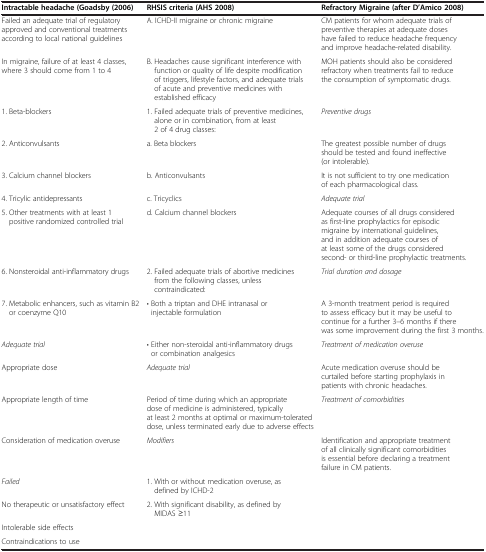
<table><thead><tr><td><b>Intractable headache (Goadsby (2006)</b></td><td><b>RHSIS criteria (AHS 2008)</b></td><td><b>Refractory Migraine (after D’Amico 2008)</b></td></tr></thead><tbody><tr><td>Failed an adequate trial of regulatory approved and conventional treatments according to local national guidelines</td><td>A. ICHD-II migraine or chronic migraine</td><td>CM patients for whom adequate trials of preventive therapies at adequate doses have failed to reduce headache frequency and improve headache-related disability.</td></tr><tr><td>In migraine, failure of at least 4 classes, where 3 should come from 1 to 4</td><td>B. Headaches cause significant interference with function or quality of life despite modification of triggers, lifestyle factors, and adequate trials of acute and preventive medicines with established efficacy</td><td>MOH patients should also be considered refractory when treatments fail to reduce the consumption of symptomatic drugs.</td></tr><tr><td>1. Beta-blockers</td><td>1. Failed adequate trials of preventive medicines, alone or in combination, from at least 2 of 4 drug classes:</td><td><i>Preventive drugs</i></td></tr><tr><td>2. Anticonvulsants</td><td>a. Beta blockers</td><td>The greatest possible number of drugs should be tested and found ineffective (or intolerable).</td></tr><tr><td>3. Calcium channel blockers</td><td>b. Anticonvulsants</td><td>It is not sufficient to try one medication of each pharmacological class.</td></tr><tr><td>4. Tricylic antidepressants</td><td>c. Tricyclics</td><td><i>Adequate trial</i></td></tr><tr><td>5. Other treatments with at least 1 positive randomized controlled trial</td><td>d. Calcium channel blockers</td><td>Adequate courses of all drugs considered as first-line prophylactics for episodic migraine by international guidelines, and in addition adequate courses of at least some of the drugs considered second- or third-line prophylactic treatments.</td></tr><tr><td>6. Nonsteroidal anti-inflammatory drugs</td><td>2. Failed adequate trials of abortive medicines from the following classes, unless contraindicated:</td><td><i>Trial duration and dosage</i></td></tr><tr><td>7. Metabolic enhancers, such as vitamin B2 or coenzyme Q10</td><td>• Both a triptan and DHE intranasal or injectable formulation</td><td>A 3-month treatment period is required to assess efficacy but it may be useful to continue for a further 3–6 months if there was some improvement during the first 3 months.</td></tr><tr><td><i>Adequate trial</i></td><td>• Either non-steroidal anti-inflammatory drugs or combination analgesics</td><td><i>Treatment of medication overuse</i></td></tr><tr><td>Appropriate dose</td><td><i>Adequate trial</i></td><td>Acute medication overuse should be curtailed before starting prophylaxis in patients with chronic headaches.</td></tr><tr><td>Appropriate length of time</td><td>Period of time during which an appropriate dose of medicine is administered, typically at least 2 months at optimal or maximum-tolerated dose, unless terminated early due to adverse effects</td><td><i>Treatment of comorbidities</i></td></tr><tr><td>Consideration of medication overuse</td><td><i>Modifiers</i></td><td>Identification and appropriate treatment of all clinically significant comorbidities is essential before declaring a treatment failure in CM patients.</td></tr><tr><td><i>Failed</i></td><td>1. With or without medication overuse, as defined by ICHD-2</td><td> </td></tr><tr><td>No therapeutic or unsatisfactory effect</td><td>2. With significant disability, as defined by MIDAS ≥11</td><td> </td></tr><tr><td>Intolerable side effects</td><td> </td><td> </td></tr><tr><td>Contraindications to use</td><td> </td><td> </td></tr></tbody></table>